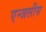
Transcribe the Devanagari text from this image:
एन्जलीस